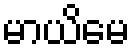
မာယိမေ